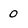
Character: 0